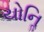
યોનિૢ